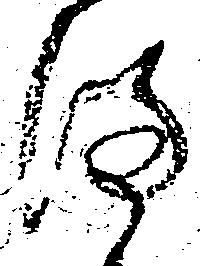
ま